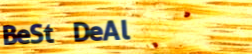
BeSt DeAl